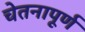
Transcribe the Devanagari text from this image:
चेतनापूर्ण